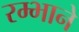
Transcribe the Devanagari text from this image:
रम्भाने